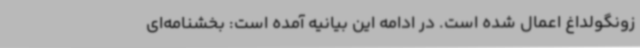
زونگولداغ اعمال شده است. در ادامه این بیانیه آمده است: بخشنامه‌ای